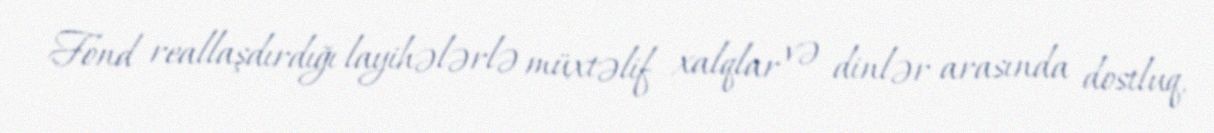
Fond reallaşdırdığı layihələrlə müxtəlif xalqlar və dinlər arasında dostluq,